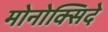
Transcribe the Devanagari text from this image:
मोनोक्सिदे